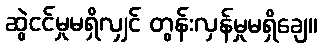
ဆွဲငင်မှုမရှိလျှင် တွန်းလှန်မှုမရှိချေ။